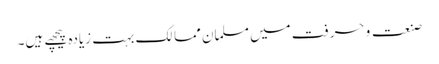
صنعت و حرفت میں مسلمان ممالک بہت زیادہ پیچھے ہیں۔